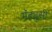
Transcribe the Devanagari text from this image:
मॅट्यूसी